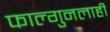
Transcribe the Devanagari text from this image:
फाल्गुनलाही